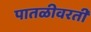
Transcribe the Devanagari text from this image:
पातळीवरती